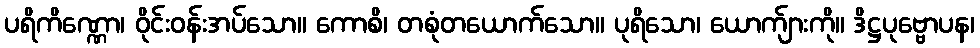
ပရိကိဏ္ဏော၊ ဝိုင်းဝန်းအပ်သော။ ကောစိ၊ တစုံတယောက်သော။ ပုရိသော၊ ယောက်ျားကို။ ဒိဋ္ဌပုဗ္ဗောပန၊